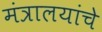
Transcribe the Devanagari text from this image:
मंत्रालयांचे